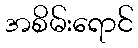
အစိမ်းရောင်